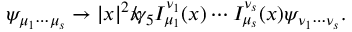
\psi _ { \mu _ { 1 } \cdots \mu _ { s } } \rightarrow | x | ^ { 2 } x \! \! \! \slash \gamma _ { 5 } I _ { \mu _ { 1 } } ^ { \nu _ { 1 } } ( x ) \cdots I _ { \mu _ { s } } ^ { \nu _ { s } } ( x ) \psi _ { \nu _ { 1 } \cdots \nu _ { s } } .